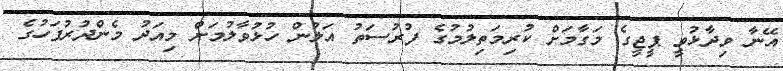
އޭނާ ވިދާޅުވީ ޕީޖީގެ މަގާމަށް ކުރިމަތިލުމުގެ ފުރުސަތު އަލުން ހުޅުވާލުމަށް މިއަދު މެންދުރުފަހުގެ